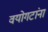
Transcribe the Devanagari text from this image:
वयोगटांना